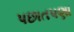
પછાતપણા